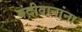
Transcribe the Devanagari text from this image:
बंदीवानांना